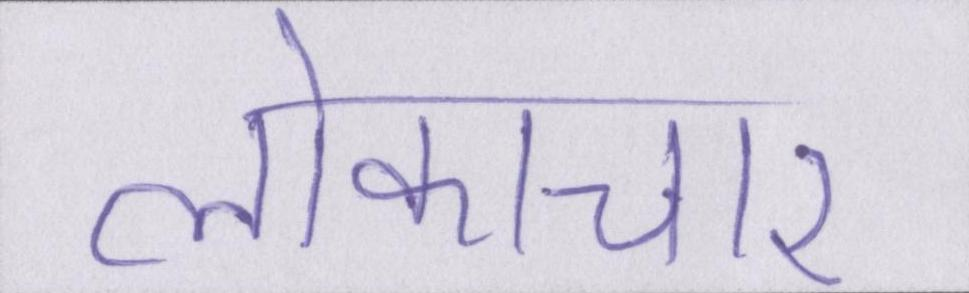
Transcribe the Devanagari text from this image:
लोकाचार